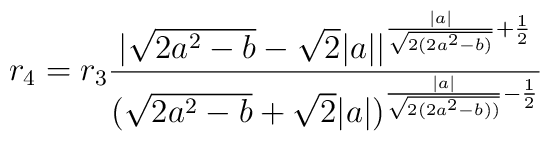
r_4 = r_3\frac{\big|\sqrt{2a^2-b}-\sqrt{2}|a|\big|^{\frac{|a|}{\sqrt{2(2a^2-b)}}+\frac{1}{2}}}{\big(\sqrt{2a^2-b}+\sqrt{2}|a|\big)^{\frac{|a|}{\sqrt{2(2a^2-b))}}-\frac{1}{2}}}